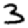
Digit: 3